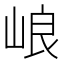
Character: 㟍